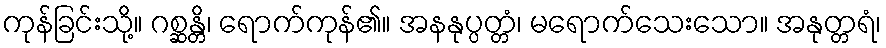
ကုန်ခြင်းသို့။ ဂစ္ဆန္တိ၊ ရောက်ကုန်၏။ အနနုပ္ပတ္တံ၊ မရောက်သေးသော။ အနုတ္တရံ၊